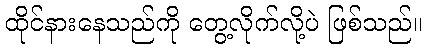
ထိုင်နားနေသည်ကို တွေ့လိုက်လို့ပဲ ဖြစ်သည်။